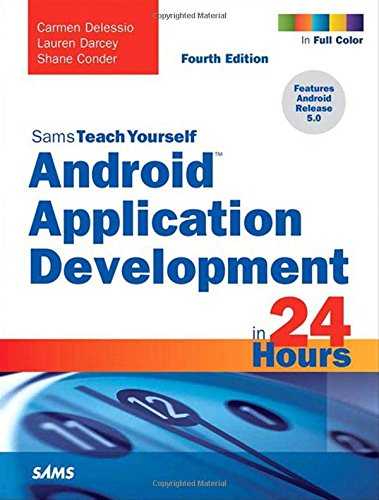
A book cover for Android Application Development in 24 Hours, Sams Teach Yourself (4th Edition); Carmen Delessio; Computers & Technology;